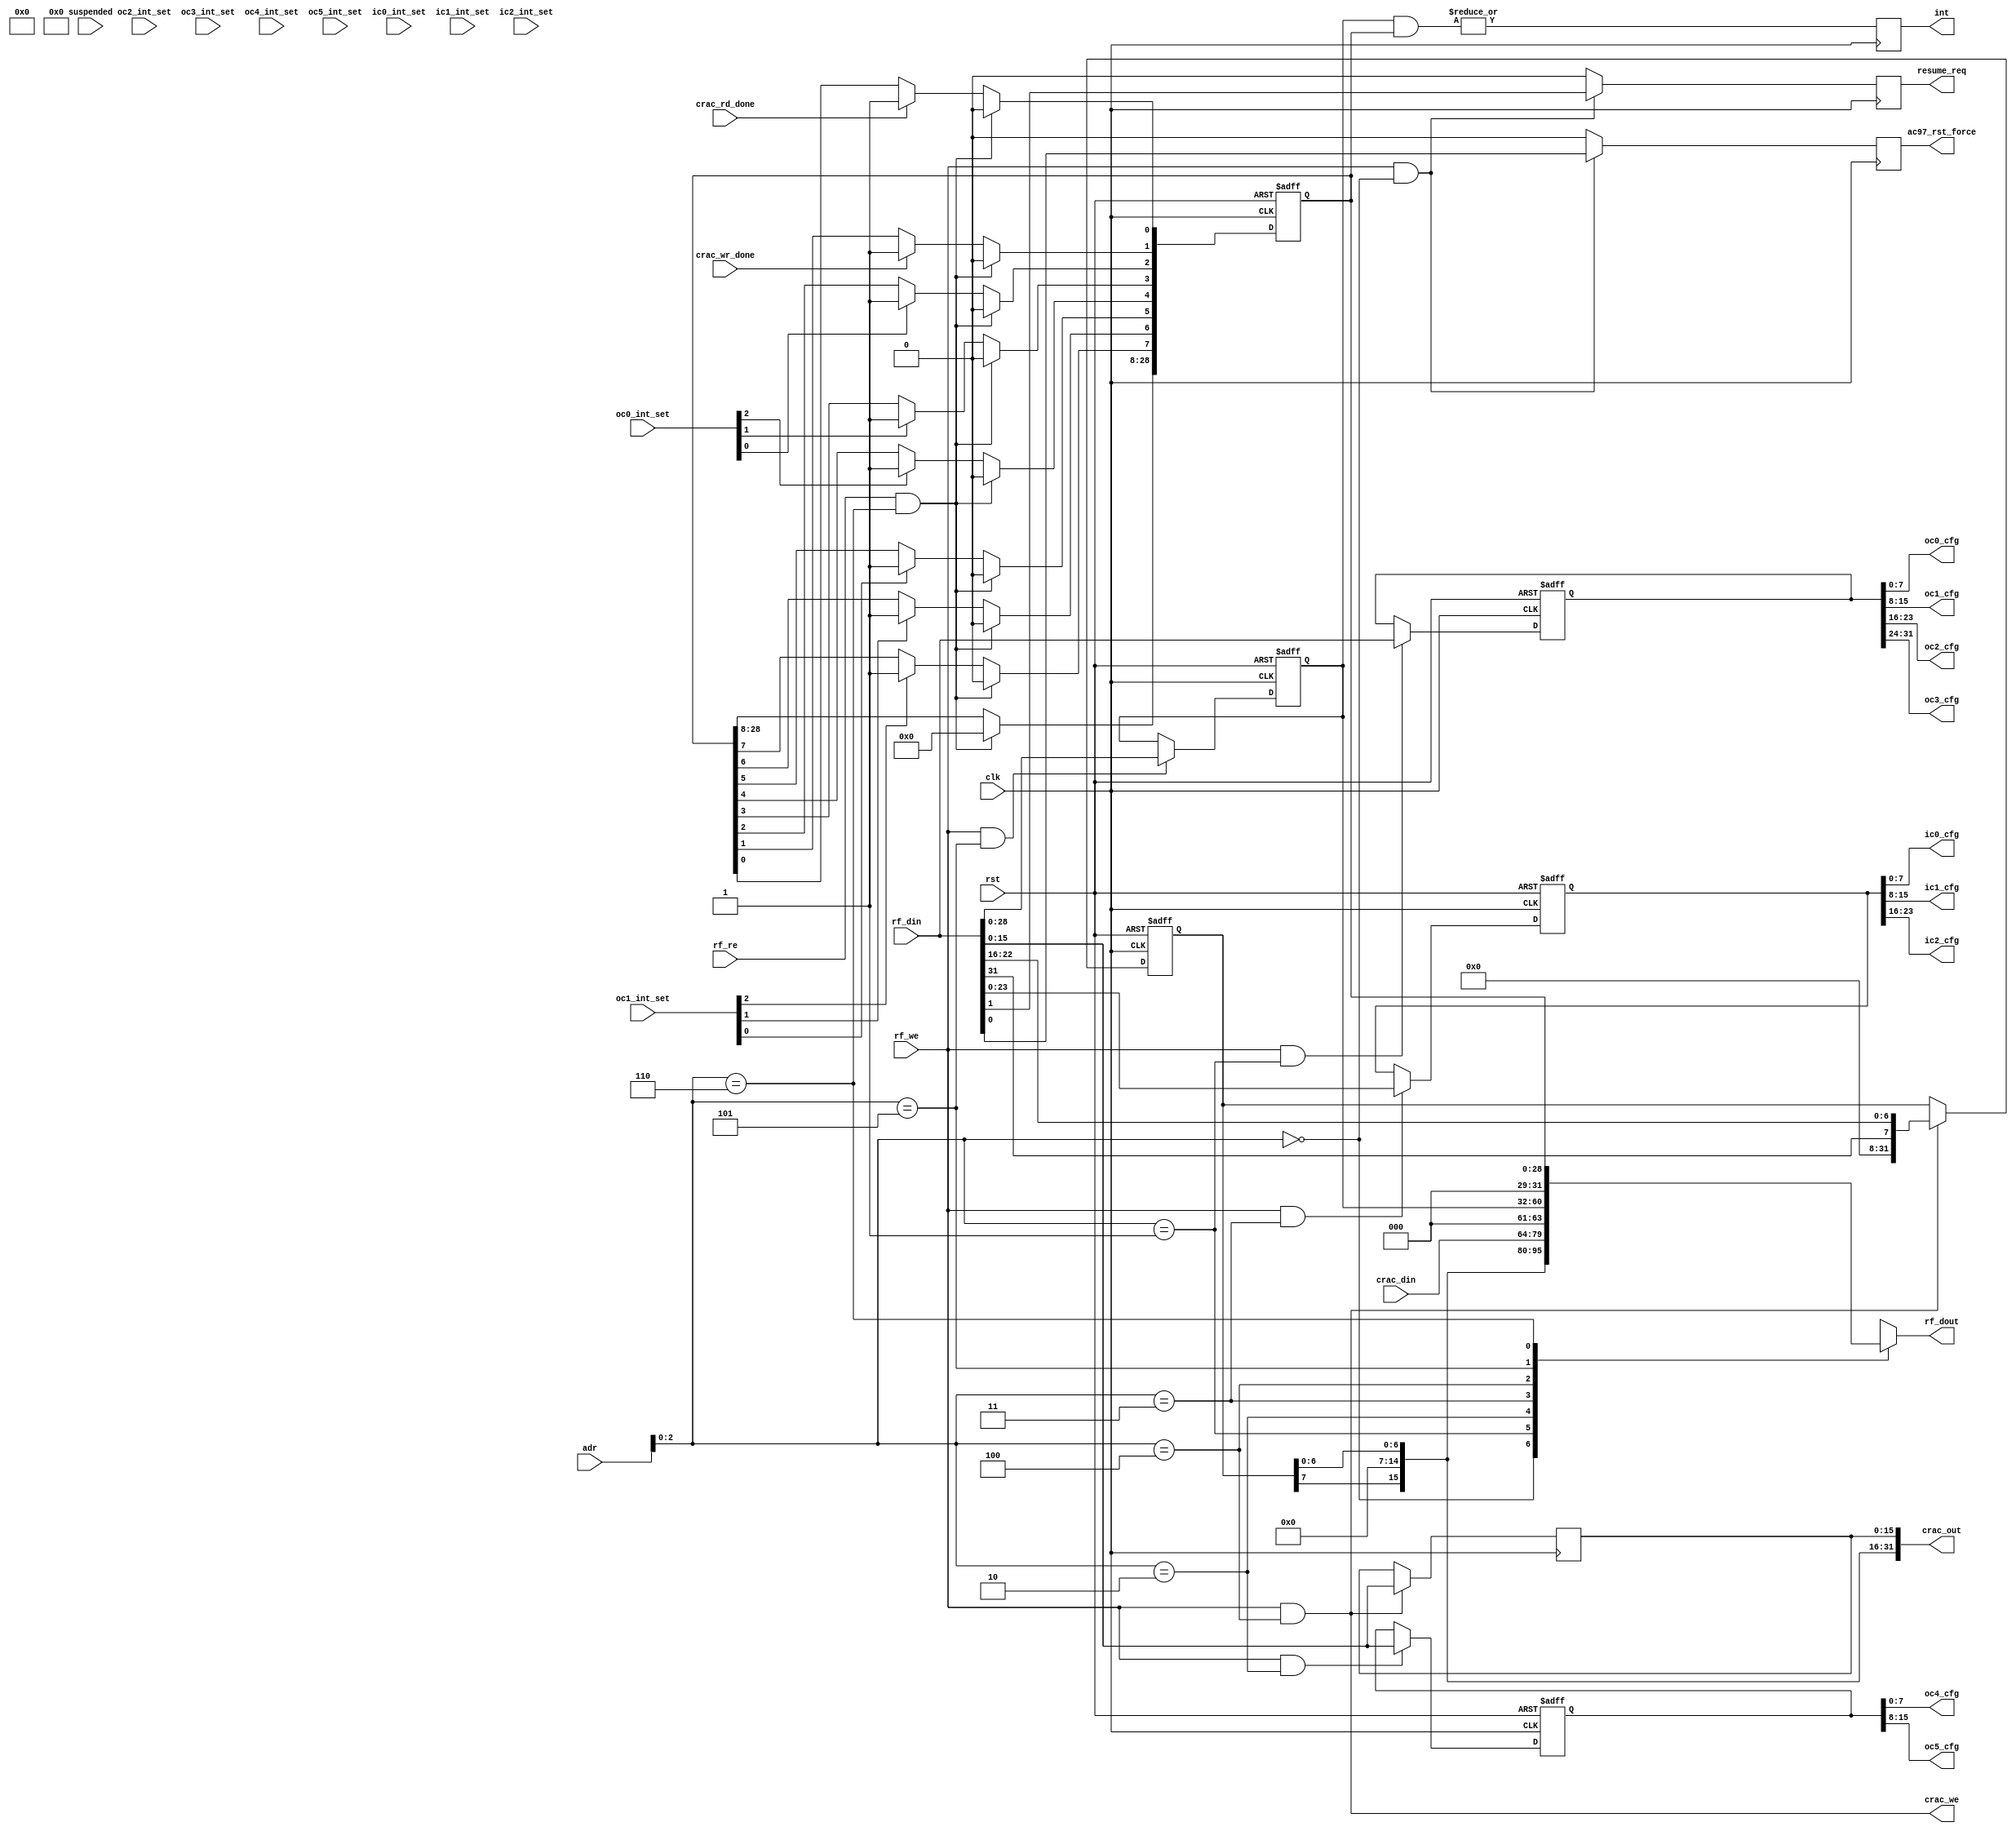
module ac97_rf(clk, rst,

		adr, rf_dout, rf_din,
		rf_we, rf_re, int, ac97_rst_force,
		resume_req, suspended,

		crac_we, crac_din, crac_out,
		crac_rd_done, crac_wr_done,

		oc0_cfg, oc1_cfg, oc2_cfg, oc3_cfg, oc4_cfg, oc5_cfg,
		ic0_cfg, ic1_cfg, ic2_cfg,
		oc0_int_set, oc1_int_set, oc2_int_set, oc3_int_set,
		oc4_int_set, oc5_int_set,
		ic0_int_set, ic1_int_set, ic2_int_set

		);

input		clk,rst;

input	[3:0]	adr;
output	[31:0]	rf_dout;
input	[31:0]	rf_din;
input		rf_we;
input		rf_re;
output		int;
output		ac97_rst_force;
output		resume_req;
input		suspended;

output		crac_we;
input	[15:0]	crac_din;
output	[31:0]	crac_out;
input		crac_rd_done, crac_wr_done;

output	[7:0]	oc0_cfg;
output	[7:0]	oc1_cfg;
output	[7:0]	oc2_cfg;
output	[7:0]	oc3_cfg;
output	[7:0]	oc4_cfg;
output	[7:0]	oc5_cfg;

output	[7:0]	ic0_cfg;
output	[7:0]	ic1_cfg;
output	[7:0]	ic2_cfg;

input	[2:0]	oc0_int_set;
input	[2:0]	oc1_int_set;
input	[2:0]	oc2_int_set;
input	[2:0]	oc3_int_set;
input	[2:0]	oc4_int_set;
input	[2:0]	oc5_int_set;
input	[2:0]	ic0_int_set;
input	[2:0]	ic1_int_set;
input	[2:0]	ic2_int_set;

////////////////////////////////////////////////////////////////////
//
// Local Wires
//

reg	[31:0]	rf_dout;

reg	[31:0]	csr_r;
reg	[31:0]	occ0_r;
reg	[15:0]	occ1_r;
reg	[23:0]	icc_r;
reg	[31:0]	crac_r;
reg	[28:0]	intm_r;
reg	[28:0]	ints_r;
reg		int;
wire	[28:0]	int_all;
wire	[31:0]	csr, occ0, occ1, icc, crac, intm, ints;
reg	[15:0]	crac_dout_r;
reg		ac97_rst_force;
reg		resume_req;

// Aliases
assign csr  = {30'h0, suspended, 1'h0};
assign occ0 = occ0_r;
assign occ1 = {16'h0, occ1_r};
assign icc  = {8'h0,  icc_r};
assign crac = {crac_r[7], 8'h0, crac_r[6:0], crac_din};
assign intm = {3'h0, intm_r};
assign ints = {3'h0, ints_r};

assign crac_out = {crac_r[7], 8'h0, crac_r[6:0], crac_dout_r};

////////////////////////////////////////////////////////////////////
//
// Register WISHBONE Interface
//

always @(adr or csr or occ0 or occ1 or icc or crac or intm or ints)
	case(adr[2:0])	// synopsys parallel_case full_case
	   0: rf_dout = csr;
	   1: rf_dout = occ0;
	   2: rf_dout = occ1;
	   3: rf_dout = icc;
	   4: rf_dout = crac;
	   5: rf_dout = intm;
	   6: rf_dout = ints;
	endcase

always @(posedge clk or negedge rst)
	if(!rst)			csr_r <= #1 1'b0;
	else
	if(rf_we & (adr[2:0]==3'h0))	csr_r <= #1 rf_din;

always @(posedge clk)
	if(rf_we & (adr[2:0]==3'h0))	ac97_rst_force <= #1 rf_din[0];
	else				ac97_rst_force <= #1 1'b0;

always @(posedge clk)
	if(rf_we & (adr[2:0]==3'h0))	resume_req <= #1 rf_din[1];
	else				resume_req <= #1 1'b0;

always @(posedge clk or negedge rst)
	if(!rst)			occ0_r <= #1 1'b0;
	else
	if(rf_we & (adr[2:0]==3'h1))	occ0_r <= #1 rf_din;

always @(posedge clk or negedge rst)
	if(!rst)			occ1_r <= #1 1'b0;
	else
	if(rf_we & (adr[2:0]==3'h2))	occ1_r <= #1 rf_din[23:0];

always @(posedge clk or negedge rst)
	if(!rst)			icc_r <= #1 1'b0;
	else
	if(rf_we & (adr[2:0]==3'h3))	icc_r <= #1 rf_din[23:0];

assign crac_we = rf_we & (adr[2:0]==3'h4);

always @(posedge clk or negedge rst)
	if(!rst)			crac_r <= #1 1'b0;
	else
	if(crac_we) 			crac_r <= #1 {rf_din[31], rf_din[22:16]};

always @(posedge clk)
	if(crac_we)			crac_dout_r <= #1 rf_din[15:0];

always @(posedge clk or negedge rst)
	if(!rst)			intm_r <= #1 1'b0;
	else
	if(rf_we & (adr[2:0]==3'h5))	intm_r <= #1 rf_din[28:0];

// Interrupt Source Register
always @(posedge clk or negedge rst)
	if(!rst)			ints_r <= #1 1'b0;
	else
	if(rf_re & (adr[2:0]==3'h6))	ints_r <= #1 1'b0;
	else
	   begin
		if(crac_rd_done)	ints_r[0] <= #1 1'b1;
		if(crac_wr_done)	ints_r[1] <= #1 1'b1;
		if(oc0_int_set[0])	ints_r[2] <= #1 1'b1;
		if(oc0_int_set[1])	ints_r[3] <= #1 1'b1;
		if(oc0_int_set[2])	ints_r[4] <= #1 1'b1;
		if(oc1_int_set[0])	ints_r[5] <= #1 1'b1;
		if(oc1_int_set[1])	ints_r[6] <= #1 1'b1;
		if(oc1_int_set[2])	ints_r[7] <= #1 1'b1;
`ifdef AC97_CENTER
		if(oc2_int_set[0])	ints_r[8] <= #1 1'b1;
		if(oc2_int_set[1])	ints_r[9] <= #1 1'b1;
		if(oc2_int_set[2])	ints_r[10] <= #1 1'b1;
`endif

`ifdef AC97_SURROUND
		if(oc3_int_set[0])	ints_r[11] <= #1 1'b1;
		if(oc3_int_set[1])	ints_r[12] <= #1 1'b1;
		if(oc3_int_set[2])	ints_r[13] <= #1 1'b1;
		if(oc4_int_set[0])	ints_r[14] <= #1 1'b1;
		if(oc4_int_set[1])	ints_r[15] <= #1 1'b1;
		if(oc4_int_set[2])	ints_r[16] <= #1 1'b1;
`endif

`ifdef AC97_LFE
		if(oc5_int_set[0])	ints_r[17] <= #1 1'b1;
		if(oc5_int_set[1])	ints_r[18] <= #1 1'b1;
		if(oc5_int_set[2])	ints_r[19] <= #1 1'b1;
`endif

`ifdef AC97_SIN
		if(ic0_int_set[0])	ints_r[20] <= #1 1'b1;
		if(ic0_int_set[1])	ints_r[21] <= #1 1'b1;
		if(ic0_int_set[2])	ints_r[22] <= #1 1'b1;
		if(ic1_int_set[0])	ints_r[23] <= #1 1'b1;
		if(ic1_int_set[1])	ints_r[24] <= #1 1'b1;
		if(ic1_int_set[2])	ints_r[25] <= #1 1'b1;
`endif

`ifdef AC97_MICIN
		if(ic2_int_set[0])	ints_r[26] <= #1 1'b1;
		if(ic2_int_set[1])	ints_r[27] <= #1 1'b1;
		if(ic2_int_set[2])	ints_r[28] <= #1 1'b1;
`endif
	   end

////////////////////////////////////////////////////////////////////
//
// Register Internal Interface
//

assign oc0_cfg = occ0[7:0];
assign oc1_cfg = occ0[15:8];
assign oc2_cfg = occ0[23:16];
assign oc3_cfg = occ0[31:24];
assign oc4_cfg = occ1[7:0];
assign oc5_cfg = occ1[15:8];

assign ic0_cfg = icc[7:0];
assign ic1_cfg = icc[15:8];
assign ic2_cfg = icc[23:16];

////////////////////////////////////////////////////////////////////
//
// Interrupt Generation
//

assign int_all = intm_r & ints_r;

always @(posedge clk)
	int <= #1 |int_all;

endmodule